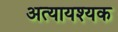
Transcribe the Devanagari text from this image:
अत्यायश्यक